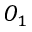
O _ { 1 }